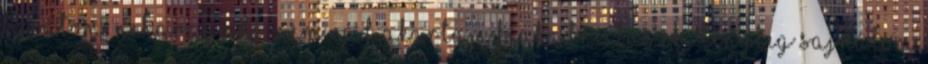
barátom. Neharagudj, nem rád akartam kiakadni. baszki tényleg sajnálom